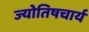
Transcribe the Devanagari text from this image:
ज्योतिषचार्य